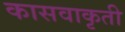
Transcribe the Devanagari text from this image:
कासवाकृती